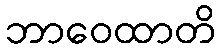
ဘာဝေထာတိ